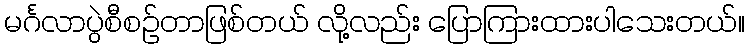
မင်္ဂလာပွဲစီစဉ်တာဖြစ်တယ် လို့လည်း ပြောကြားထားပါသေးတယ်။